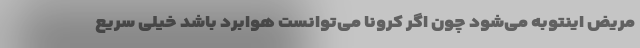
مریض اینتوبه می‌شود چون اگر کرونا می‌توانست هوابرد باشد خیلی سریع